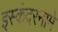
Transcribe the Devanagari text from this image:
इस्कंदरनामे